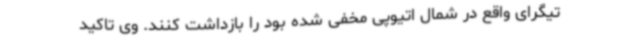
تیگرای واقع در شمال اتیوپی مخفی شده بود را بازداشت کنند. وی تاکید